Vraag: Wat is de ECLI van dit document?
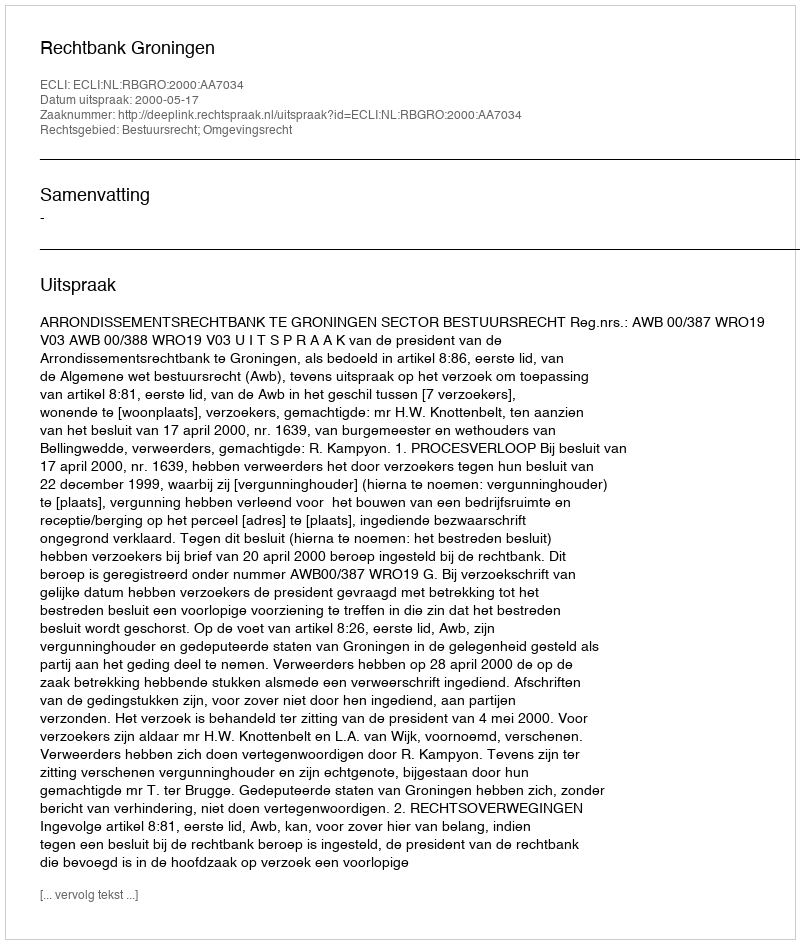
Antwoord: ECLI:NL:RBGRO:2000:AA7034